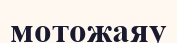
мотожаяу